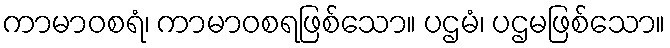
ကာမာဝစရံ၊ ကာမာဝစရဖြစ်သော။ ပဌမံ၊ ပဌမဖြစ်သော။